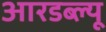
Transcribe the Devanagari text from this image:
आरडब्ल्यू